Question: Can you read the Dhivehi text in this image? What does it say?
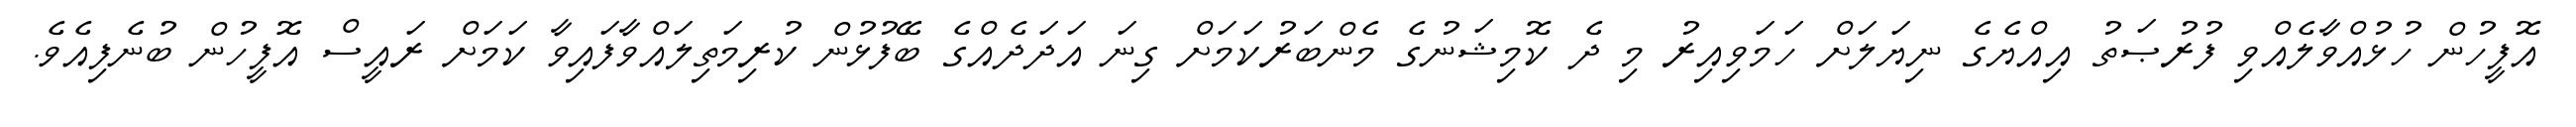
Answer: އޮފީހުން ހުޅުއްވާލެއްވި ފުރުޞަތު އިއްޔެގެ ނިޔަލަށް ހަމަވިއިރު މި ދެ ކޮމިޝަނުގެ މެންބަރުކަމަށް ގިނަ އަދަދެއްގެ ބޭފުޅުން ކުރިމަތިލައްވާފައިވާ ކަމަށް ރައީސް އޮފީހުން ބުނެފިއެވެ.